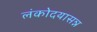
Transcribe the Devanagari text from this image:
लंकोदयासन्न